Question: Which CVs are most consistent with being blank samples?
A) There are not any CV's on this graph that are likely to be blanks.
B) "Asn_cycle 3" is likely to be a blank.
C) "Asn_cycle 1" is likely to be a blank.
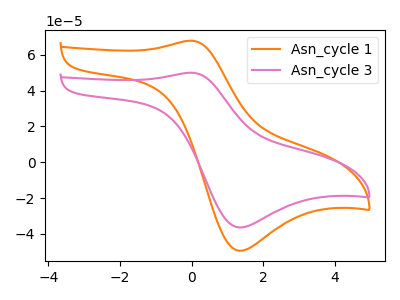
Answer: <think>The orange curve "Asn_cycle 1" has an anodic peak at (0.00V, 67.80uA) and a cathodic peak at (1.30V, -49.30uA). The pink curve "Asn_cycle 3" has an anodic peak at (0.00V, 49.95uA) and a cathodic peak at (1.30V, -36.30uA).</think>
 <answer>A) There are not any CV's on this graph that are likely to be blanks.</answer>
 <eval>A</eval>